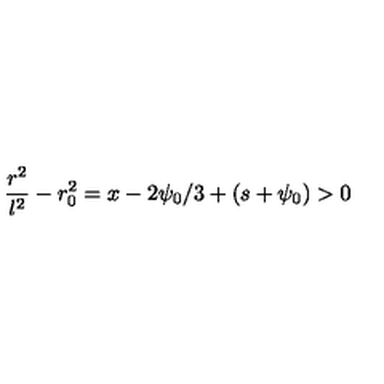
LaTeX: \frac { r ^ { 2 } } { l ^ { 2 } } - r _ { 0 } ^ { 2 } = x - 2 \psi _ { 0 } / 3 + ( s + \psi _ { 0 } ) > 0